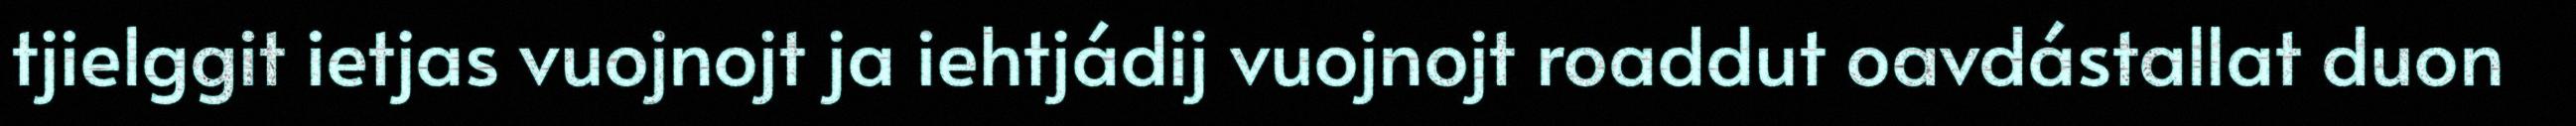
tjielggit ietjas vuojnojt ja iehtjádij vuojnojt roaddut oavdástallat duon